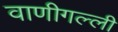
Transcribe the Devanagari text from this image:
वाणीगल्ली